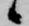
候